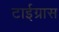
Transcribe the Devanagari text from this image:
टाईग्रास